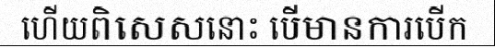
ហើយពិសេសនោះ បើមានការបើក